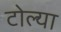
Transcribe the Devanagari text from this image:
टोल्या